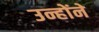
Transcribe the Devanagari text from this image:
उन्होंने